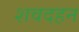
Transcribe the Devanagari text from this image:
शवदहन